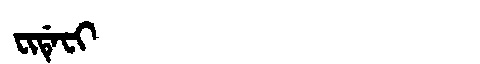
Manchu: ᠸᡳᡩᡝᠸᡳ
Romanization: FIDEFI